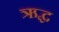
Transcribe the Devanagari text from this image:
ऋद्ध